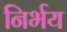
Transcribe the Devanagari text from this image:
निर्भय